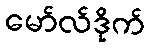
မော်လ်ဒိုက်